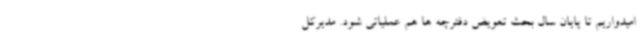
امیدواریم تا پایان سال بحث تعویض دفترچه ها هم عملیاتی شود. مدیرکل